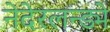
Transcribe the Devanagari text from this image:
नेदेरलन्ड्मे